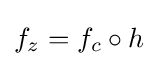
f_{z}=f_{c}\circ h